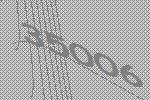
35006